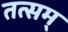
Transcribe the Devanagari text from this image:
तत्सम्